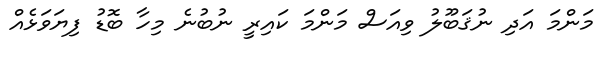
މަންމަ އަދި ނުޤަބޫލު ވިއަސް މަންމަ ކައިރީ ނުބުނެ މިހާ ބޮޑު ފިޔަވަޅެއް